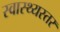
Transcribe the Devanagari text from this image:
स्वास्थ्यस्तर